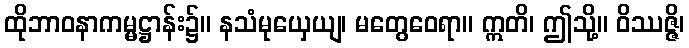
ထိုဘာဝနာကမ္မဋ္ဌာန်း၌။ နသံမုယှေယျ၊ မတွေဝေရာ။ ဣတိ၊ ဤသို့။ ဝိဿဇ္ဇိ၊